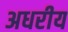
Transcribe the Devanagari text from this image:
अधरीय